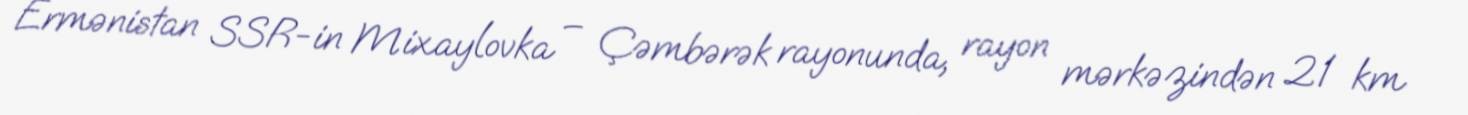
Ermənistan SSR-in Mixaylovka – Çəmbərək rayonunda, rayon mərkəzindən 21 km